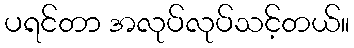
ပရင်တာ အလုပ်လုပ်သင့်တယ်။